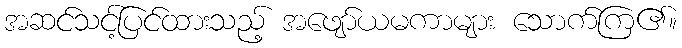
အဆင်သင့်ပြင်ထားသည့် အဖျော်ယမကာများ သောက်ကြ၏။